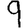
Digit: 9